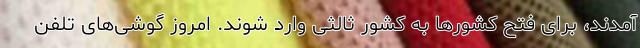
آمدند، برای فتح کشورها به کشور ثالثی وارد شوند. امروز گوشی‌هایِ تلفن